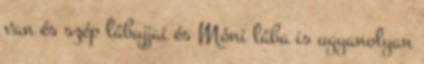
van és szép lábujjai és Móni lába is ugyanolyan